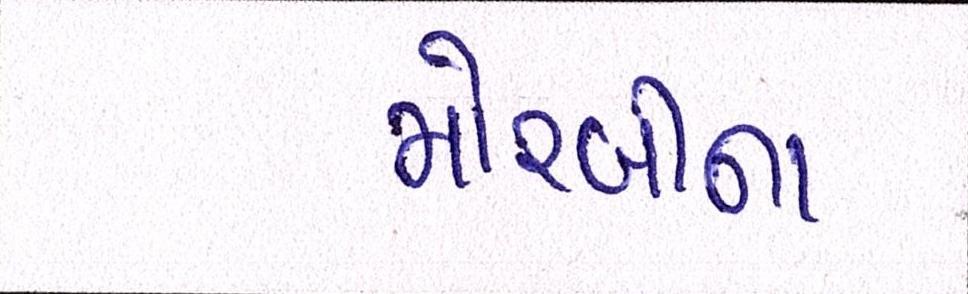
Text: મોરબીના